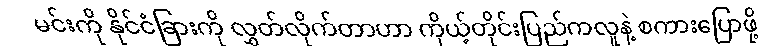
မင်းကို နိုင်ငံခြားကို လွှတ်လိုက်တာဟာ ကိုယ့်တိုင်းပြည်ကလူနဲ့ စကားပြောဖို့